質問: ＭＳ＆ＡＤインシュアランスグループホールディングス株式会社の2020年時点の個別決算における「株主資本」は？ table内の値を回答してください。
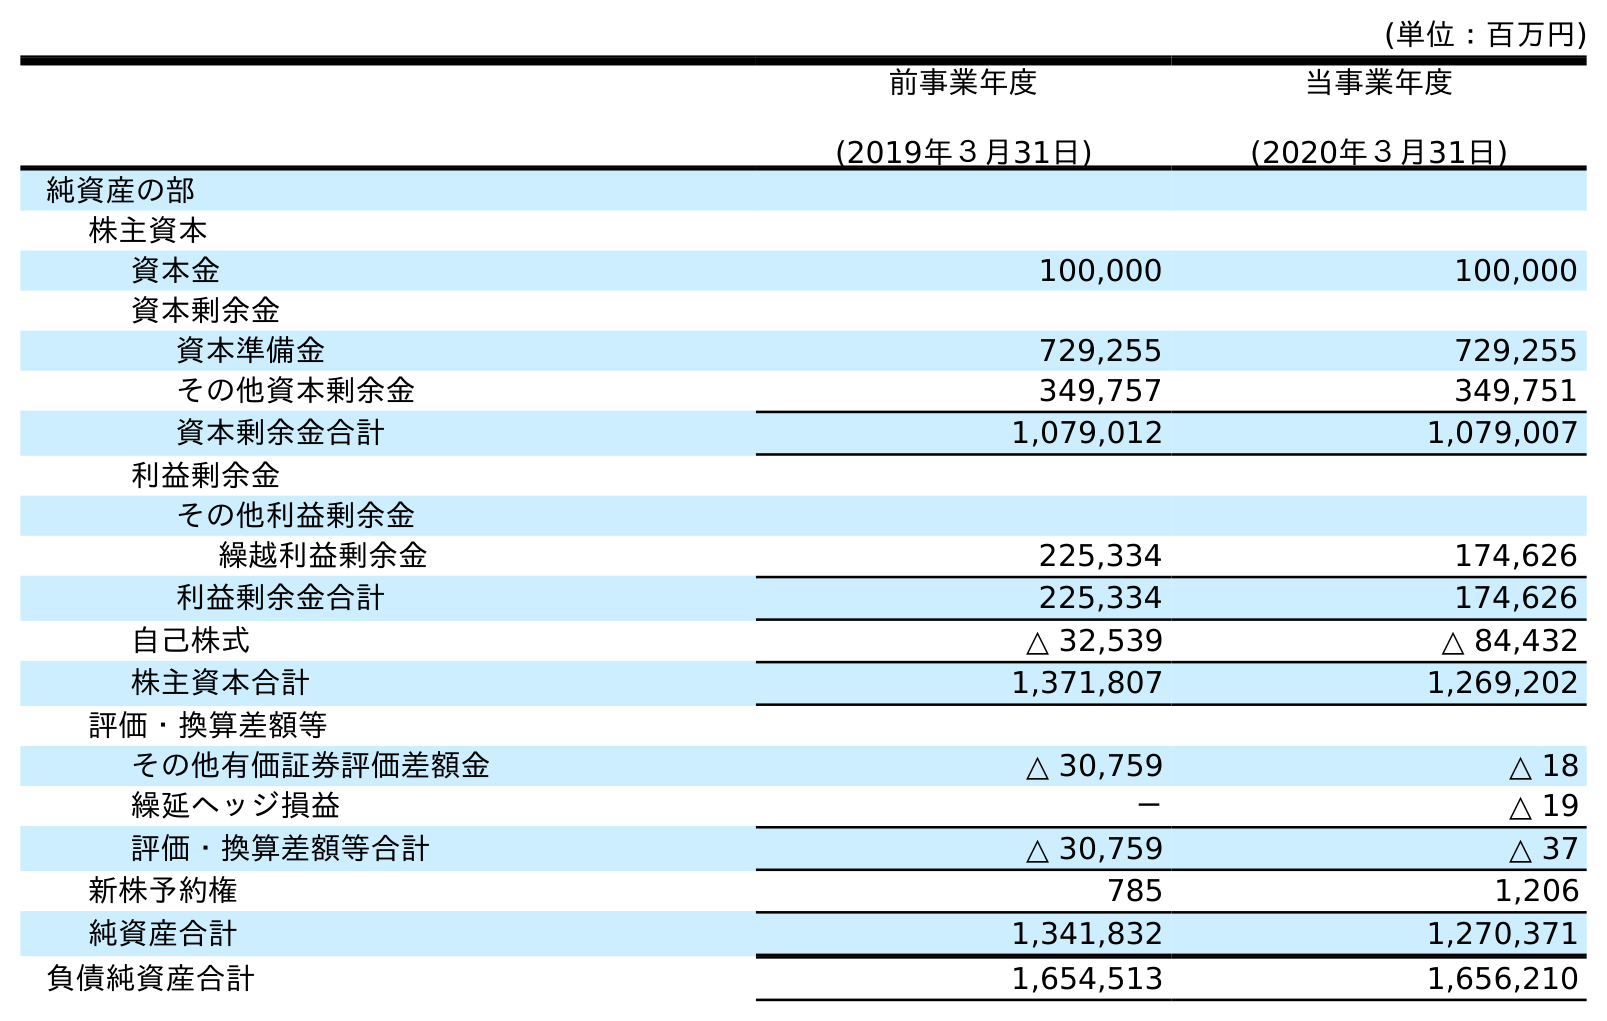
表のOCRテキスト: (単位：百万円) 前事業年度 (2019年３月31日) 当事業年度 (2020年３月31日) 純資産の部 株主資本 資本金 100,000 100,000 資本剰余金 資本準備金 729,255 729,255 その他資本剰余金 349,757 349,751 資本剰余金合計 1,079,012 1,079,007 利益剰余金 その他利益剰余金 繰越利益剰余金 225,334 174,626 利益剰余金合計 225,334 174,626 自己株式 △ 32,539 △ 84,432 株主資本合計 1,371,807 1,269,202 評価・換算差額等 その他有価証券評価差額金 △ 30,759 △ 18 繰延ヘッジ損益 － △ 19 評価・換算差額等合計 △ 30,759 △ 37 新株予約権 785 1,206 純資産合計 1,341,832 1,270,371 負債純資産合計 1,654,513 1,656,210
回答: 1,269,202